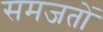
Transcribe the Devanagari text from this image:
समजतों